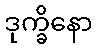
ဒုက္ခိနော